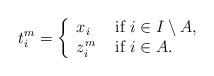
LaTeX: \begin{align*}t^m_i=\left\{\begin{array}{ll} x_i & \mbox{ if } i\in I\setminus A ,\\ z^m_i& \mbox{ if } i\in A. \end{array} \right.\end{align*}